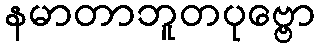
နမာတာဘူတပုဗ္ဗော